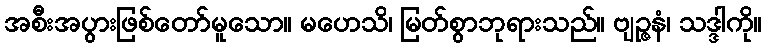
အစီးအပွားဖြစ်တော်မူသော။ မဟေသိ၊ မြတ်စွာဘုရားသည်။ ဗျဉ္ဇနံ၊ သဒ္ဒါကို။